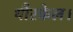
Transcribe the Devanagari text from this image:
थौरकेल।